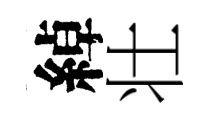
綽壮